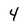
Character: 4